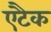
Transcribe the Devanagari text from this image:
एटैक